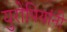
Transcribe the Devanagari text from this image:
युरोपियांनी